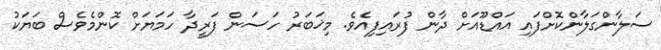
ސަލާންގަލާންކޮށްފައި އައްޑޫއަށް ދާން ފުރައިފިއެވެ. މިޚަބަރު ހަސަން ފަރީދާ ހަމަޔަށް ކޮންމެވެސް ބަޔަކު